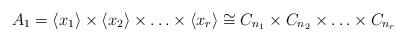
LaTeX: \begin{align*}A_1=\langle x_1\rangle \times \langle x_2\rangle \times \ldots \times \langle x_r\rangle\cong C_{n_1}\times C_{n_2}\times \ldots \times C_{n_r}\end{align*}